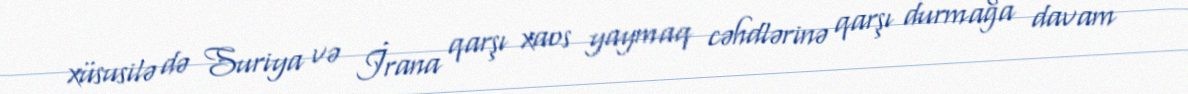
xüsusilə də Suriya və İrana qarşı xaos yaymaq cəhdlərinə qarşı durmağa davam